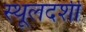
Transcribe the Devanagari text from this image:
स्थूलदर्शी